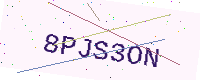
Text: 8PJS3ON